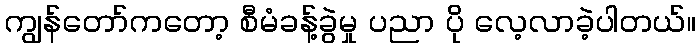
ကျွန်တော်ကတော့ စီမံခန့်ခွဲမှု ပညာ ပို လေ့လာခဲ့ပါတယ်။